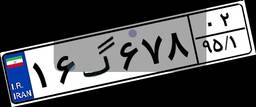
۰۴گ۰۱۷۰۹